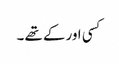
کسی اور کے تھے ۔